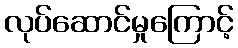
လုပ်ဆောင်မှုကြောင့်